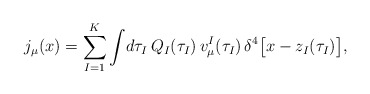
\begin{align*}j_\mu (x) =\sum^K_{I=1}\int\!d\tau_I\, Q_I(\tau_I)\,v^I_\mu (\tau_I)\,\delta^4\bigl [x-z_I (\tau_I)\bigr],\end{align*}